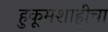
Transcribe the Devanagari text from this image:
हुकूमशाहीचा